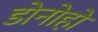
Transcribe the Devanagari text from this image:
डोनोहो